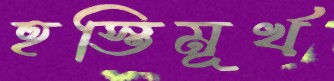
হস্তিমূর্খ